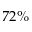
7 2 \%